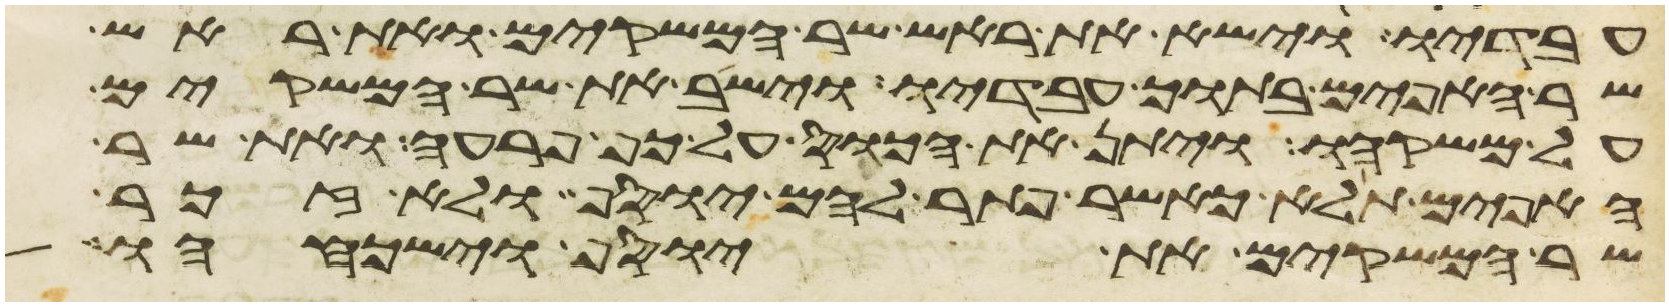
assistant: עבדיו וישא את ראש שר המשקים ואת ראש
שר האפים בתוך עבדיו וישב את שר המשקים
על משקהו ויתן את הכוס על כף פרעה ואת שר
האפים תלא כאשר פתר להם יוסף ולא זכר
שר המשקים את יוסף וישכחהו